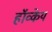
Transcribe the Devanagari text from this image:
हॉव्केय